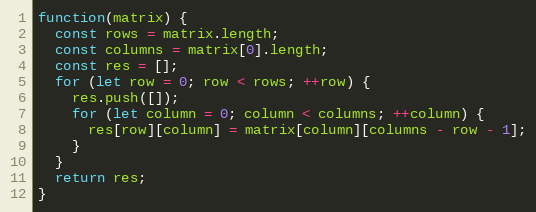
Language: JavaScript
function(matrix) {
  const rows = matrix.length;
  const columns = matrix[0].length;
  const res = [];
  for (let row = 0; row < rows; ++row) {
    res.push([]);
    for (let column = 0; column < columns; ++column) {
      res[row][column] = matrix[column][columns - row - 1];
    }
  }
  return res;
}